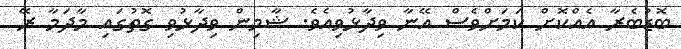
ބޮޑުބެރާ އެއްކޮށް ކަމަށްވެސް އޭނާ ވިދާޅުވިއެވެ. ޝާމިން ވިދާޅުވި ގޮތުގައި މާދަމާ ރޭ